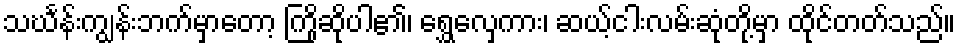
သင်္ဃန်းကျွန်းဘက်မှာတော့ ကြိုဆိုပါ၏၊ ရွှေလှေကား၊ ဆယ့်ငါးလမ်းဆုံတို့မှာ ထိုင်တတ်သည်။